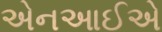
એનઆઈએ